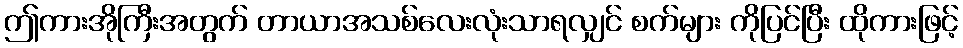
ဤကားအိုကြီးအတွက် တာယာအသစ်လေးလုံးသာရလျှင် စက်များ ကိုပြင်ပြီး ထိုကားဖြင့်